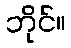
ဘိုင်။